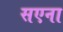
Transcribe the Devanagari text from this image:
सएना